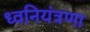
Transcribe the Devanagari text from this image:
ध्वनियंत्रणा